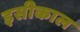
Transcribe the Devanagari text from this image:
इसीकाल